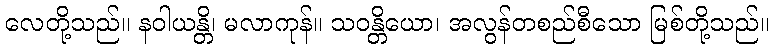
လေတို့သည်။ နဝါယန္တိ၊ မလာကုန်။ သဝန္တိယော၊ အလွန်တစည်စီသော မြစ်တို့သည်။